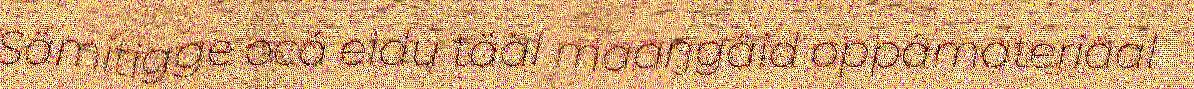
Sämitigge ocá eidu tääl maaŋgâid oppâmateriaal